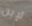
لإبن